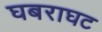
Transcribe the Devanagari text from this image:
घबराघट